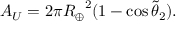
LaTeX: A _ { U } = 2 \pi { R _ { \oplus } } ^ { 2 } ( 1 - \cos { \tilde { \theta } _ { 2 } } ) .